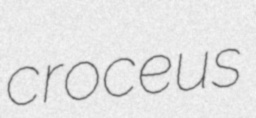
croceus